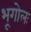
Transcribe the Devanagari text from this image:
भूगोलः